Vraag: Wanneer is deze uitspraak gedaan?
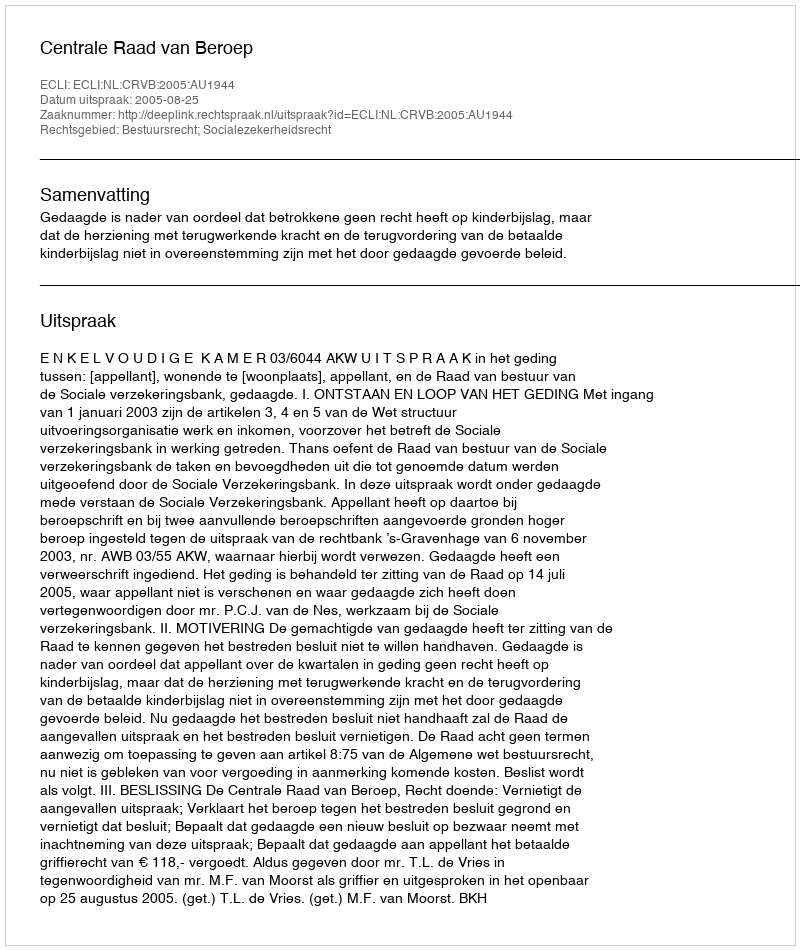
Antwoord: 2005-08-25